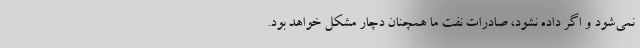
نمی‌شود و اگر داده نشود، صادرات نفت ما همچنان دچار مشکل خواهد بود.